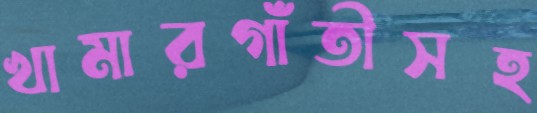
খামারগাঁতীসহ